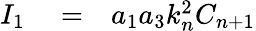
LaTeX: \begin{array}{rlr}{I_{1}}&{{}=}&{a_{1}a_{3}k_{n}^{2}C_{n+1}}\end{array}